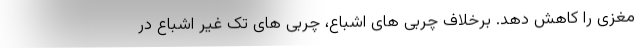
مغزی را کاهش دهد. برخلاف چربی های اشباع، چربی های تک غیر اشباع در